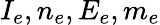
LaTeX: I_{e},n_{e},E_{e},m_{e}